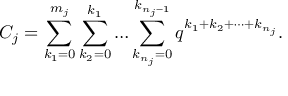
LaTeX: { \cal C } _ { j } = \sum _ { k _ { 1 } = 0 } ^ { m _ { j } } \sum _ { k _ { 2 } = 0 } ^ { k _ { 1 } } \ldots \sum _ { k _ { n _ { j } } = 0 } ^ { k _ { n _ { j } - 1 } } q ^ { k _ { 1 } + k _ { 2 } + \cdots + k _ { n _ { j } } } .